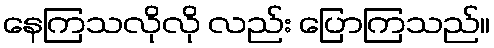
နေကြသလိုလို လည်း ပြောကြသည်။